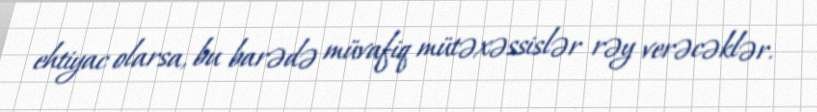
ehtiyac olarsa, bu barədə müvafiq mütəxəssislər rəy verəcəklər.